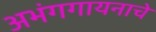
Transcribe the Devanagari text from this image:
अभंगगायनाचे